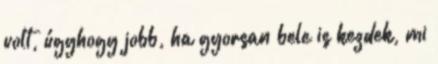
volt, úgyhogy jobb, ha gyorsan bele is kezdek, mi